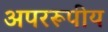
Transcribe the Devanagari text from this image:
अपररूपीय